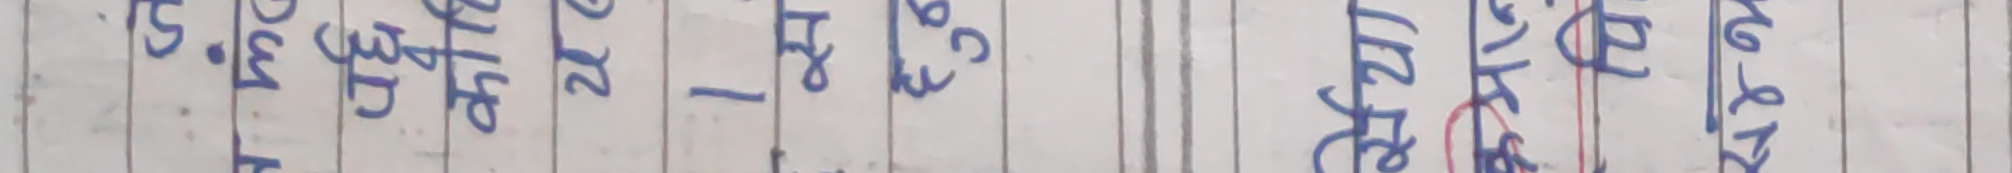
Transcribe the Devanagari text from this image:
पुर्णता दिने